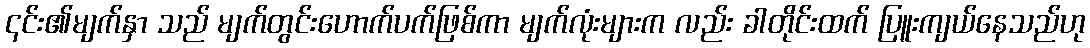
၎င်း၏မျက်နှာ သည် မျက်တွင်းဟောက်ပက်ဖြစ်ကာ မျက်လုံးများက လည်း ခါတိုင်းထက် ပြူးကျယ်နေသည်ဟု